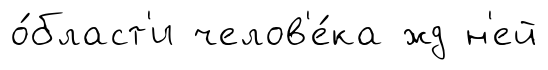
о́бласт'и челов'е́ка жд н'ей